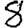
Digit: 8